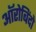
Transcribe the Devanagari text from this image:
ऑरोबिंदो